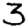
Digit: 3